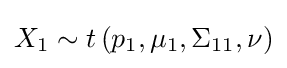
X_{1}\sim t\left(p_{1},\mu _{1},\Sigma _{11},\nu \right)